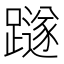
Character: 𨆏